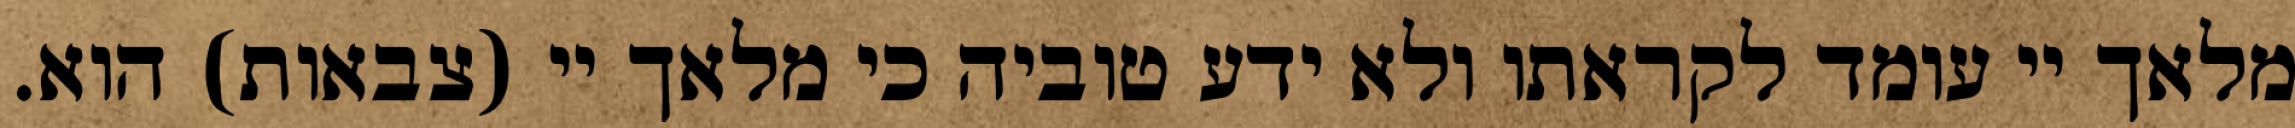
מלאך יי עומד לקראתו ולא ידע טוביה כי מלאך יי (צבאות) הוא.